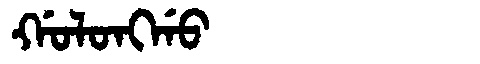
Manchu: ᡤᠣᠯᠣᠩᡤᠣ
Romanization: GOLONGGO